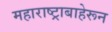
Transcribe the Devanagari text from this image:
महाराष्ट्राबाहेरून